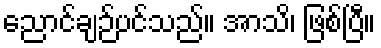
ညောင်ချဉ်ပင်သည်။ အာသိ၊ ဖြစ်ပြီ။